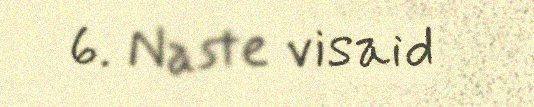
6. Naste visaid